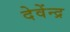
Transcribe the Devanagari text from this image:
देवेंन्द्र